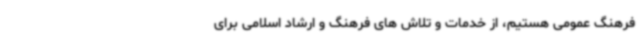
فرهنگ عمومی هستیم، از خدمات و تلاش های فرهنگ و ارشاد اسلامی برای